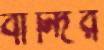
বান্দির